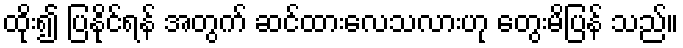
ထိုး၍ ပြနိုင်ရန် အတွက် ဆင်ထားလေသလားဟု တွေးမိပြန် သည်။